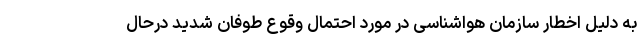
به دلیل اخطار سازمان هواشناسی در مورد احتمال وقوع طوفان شدید درحال